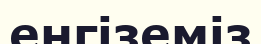
енгіземіз